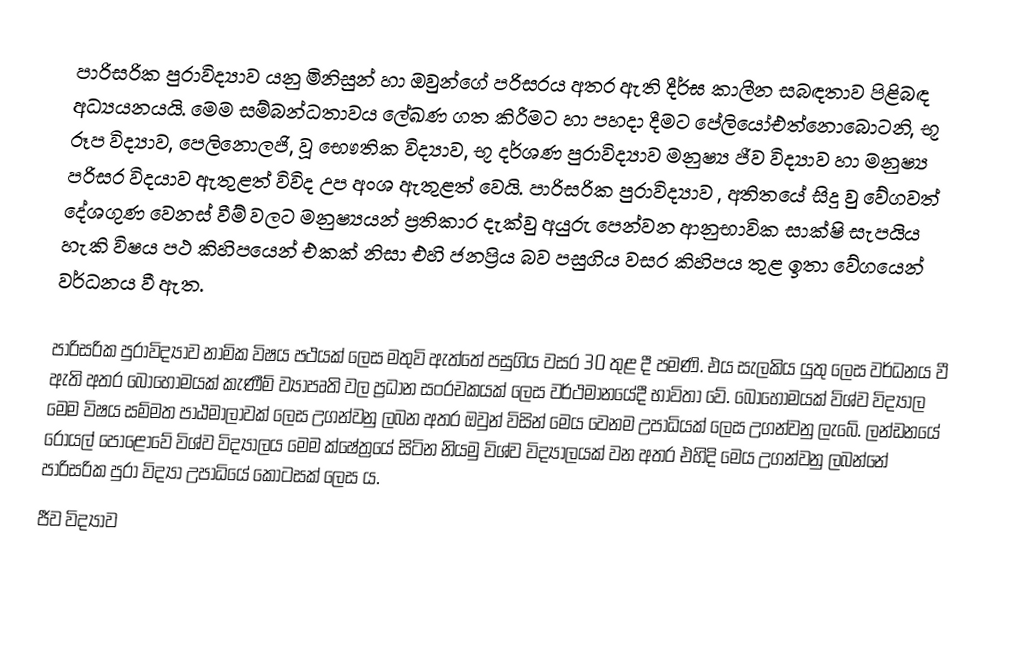
පාරිසරික පුරාවිද්‍යාව යනු මිනිසුන් හා ඔවුන්ගේ පරිසරය අතර ඇති දීර්ඝ කාලීන සබඳතාව පිළිබඳ අධ්‍යයනයයි. මෙම සම්බන්ධතාවය ලේඛණ ගත කිරීමට හා පහදා දීමට පේලියෝඑත්නො‍බොටනි, භූ රූප විද්‍යාව, පෙලිනොලජි, වූ භෞතික විද්‍යාව, භූ දර්ශණ පුරාවිද්‍යාව මනුෂ්‍ය ජීව විද්‍යාව හා මනුෂ්‍ය පරිසර විදයාව ඇතුළත් විවිද උප අංශ ඇතුළත් වෙයි. පාරිසරික පුරාවිද්‍යාව ,  අතිතයේ සිදු වු වේගවත් දේශගුණ වෙනස් වීම් වලට මනුෂ්‍යයන් ප්‍රතිකාර දැක්වු අයුරු පෙන්වන ආනුභාවික සාක්ෂි සැපයිය හැකි විෂය පථ කිහිපයෙන් එකක් නිසා එහි ජනප්‍රිය බව පසුගිය වසර කිහිපය තුළ ඉතා වේගයෙන් වර්ධනය වී ඇත.

පාරිසරික පුරාවිද්‍යාව නාමික විෂය පථයක් ලෙස මතුවි ඇත්තේ පසුගිය වසර 30 තුළ දී පමණි. එය සැලකිය යුතු ලෙස වර්ධනය වී ඇති අතර බොහෝමයක් කැණීම් ව්‍යාපෘති වල ප්‍රධාන සංරචකයක් ලෙස වර්ථමානයේදී භාවිතා වේ. බොහෝමයක් විශ්ව විද්‍යාල මෙම විෂය සම්මත පාඨමාලාවක් ලෙස උගන්වනු ලබන අතර ඔවුන් විසින් මෙය වෙනම උපාධියක් ලෙස උගන්වනු ලැබේ. ලන්ඩනයේ රෝයල් පොළෝවේ විශ්ව විද්‍යාලය මෙම ක්ෂේත්‍රයේ සිටින නියමු විශ්ව විද්‍යාලයක් වන අතර එහිදි මෙය උගන්වනු ලබන්නේ පාරිසරික පුරා විද්‍යා උපාධියේ කොටසක් ලෙස ය.
ජීව විද්‍යාව